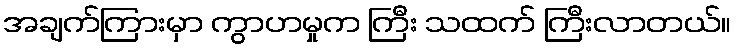
အချက်ကြားမှာ ကွာဟမှုက ကြီး သထက် ကြီးလာတယ်။